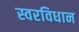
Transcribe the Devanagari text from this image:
स्वरविधान